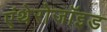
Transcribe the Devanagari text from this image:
एंथेरोजॉइड